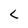
Character: C